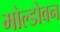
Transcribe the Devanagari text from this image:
मोल्डोवन